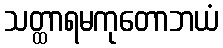
သတ္ထာရမကုတောဘယံ